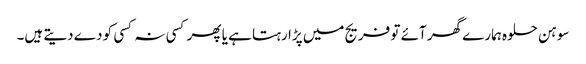
سوہن حلوہ ہمارے گھر آئے تو فریج میں پڑا رہتا ہے یا پھر کسی نہ کسی کو دے دیتے ہیں۔